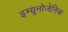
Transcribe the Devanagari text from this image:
इम्यूनोजेनिक